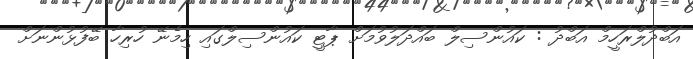
އަބްދުލްރަހީމް އަބްދު : ކައުންސިލް ބައްދަލުވުމަށް ޕާޓީ ކައުންސިލްގައި ހިމެނޭ ހުރިހާ ބޭފުޅުންނަށް